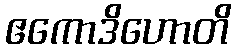
ဧကောဒိဟောတိ